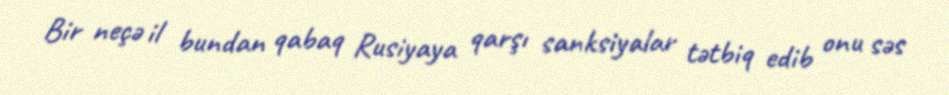
Bir neçə il bundan qabaq Rusiyaya qarşı sanksiyalar tətbiq edib onu səs